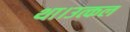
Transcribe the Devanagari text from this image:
था।उत्कल